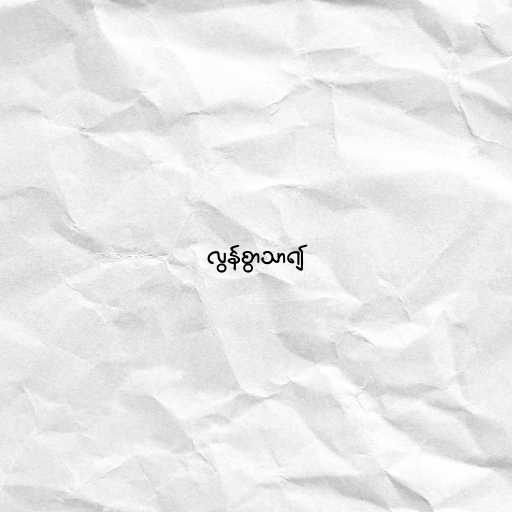
လွန်စွာသာ၍